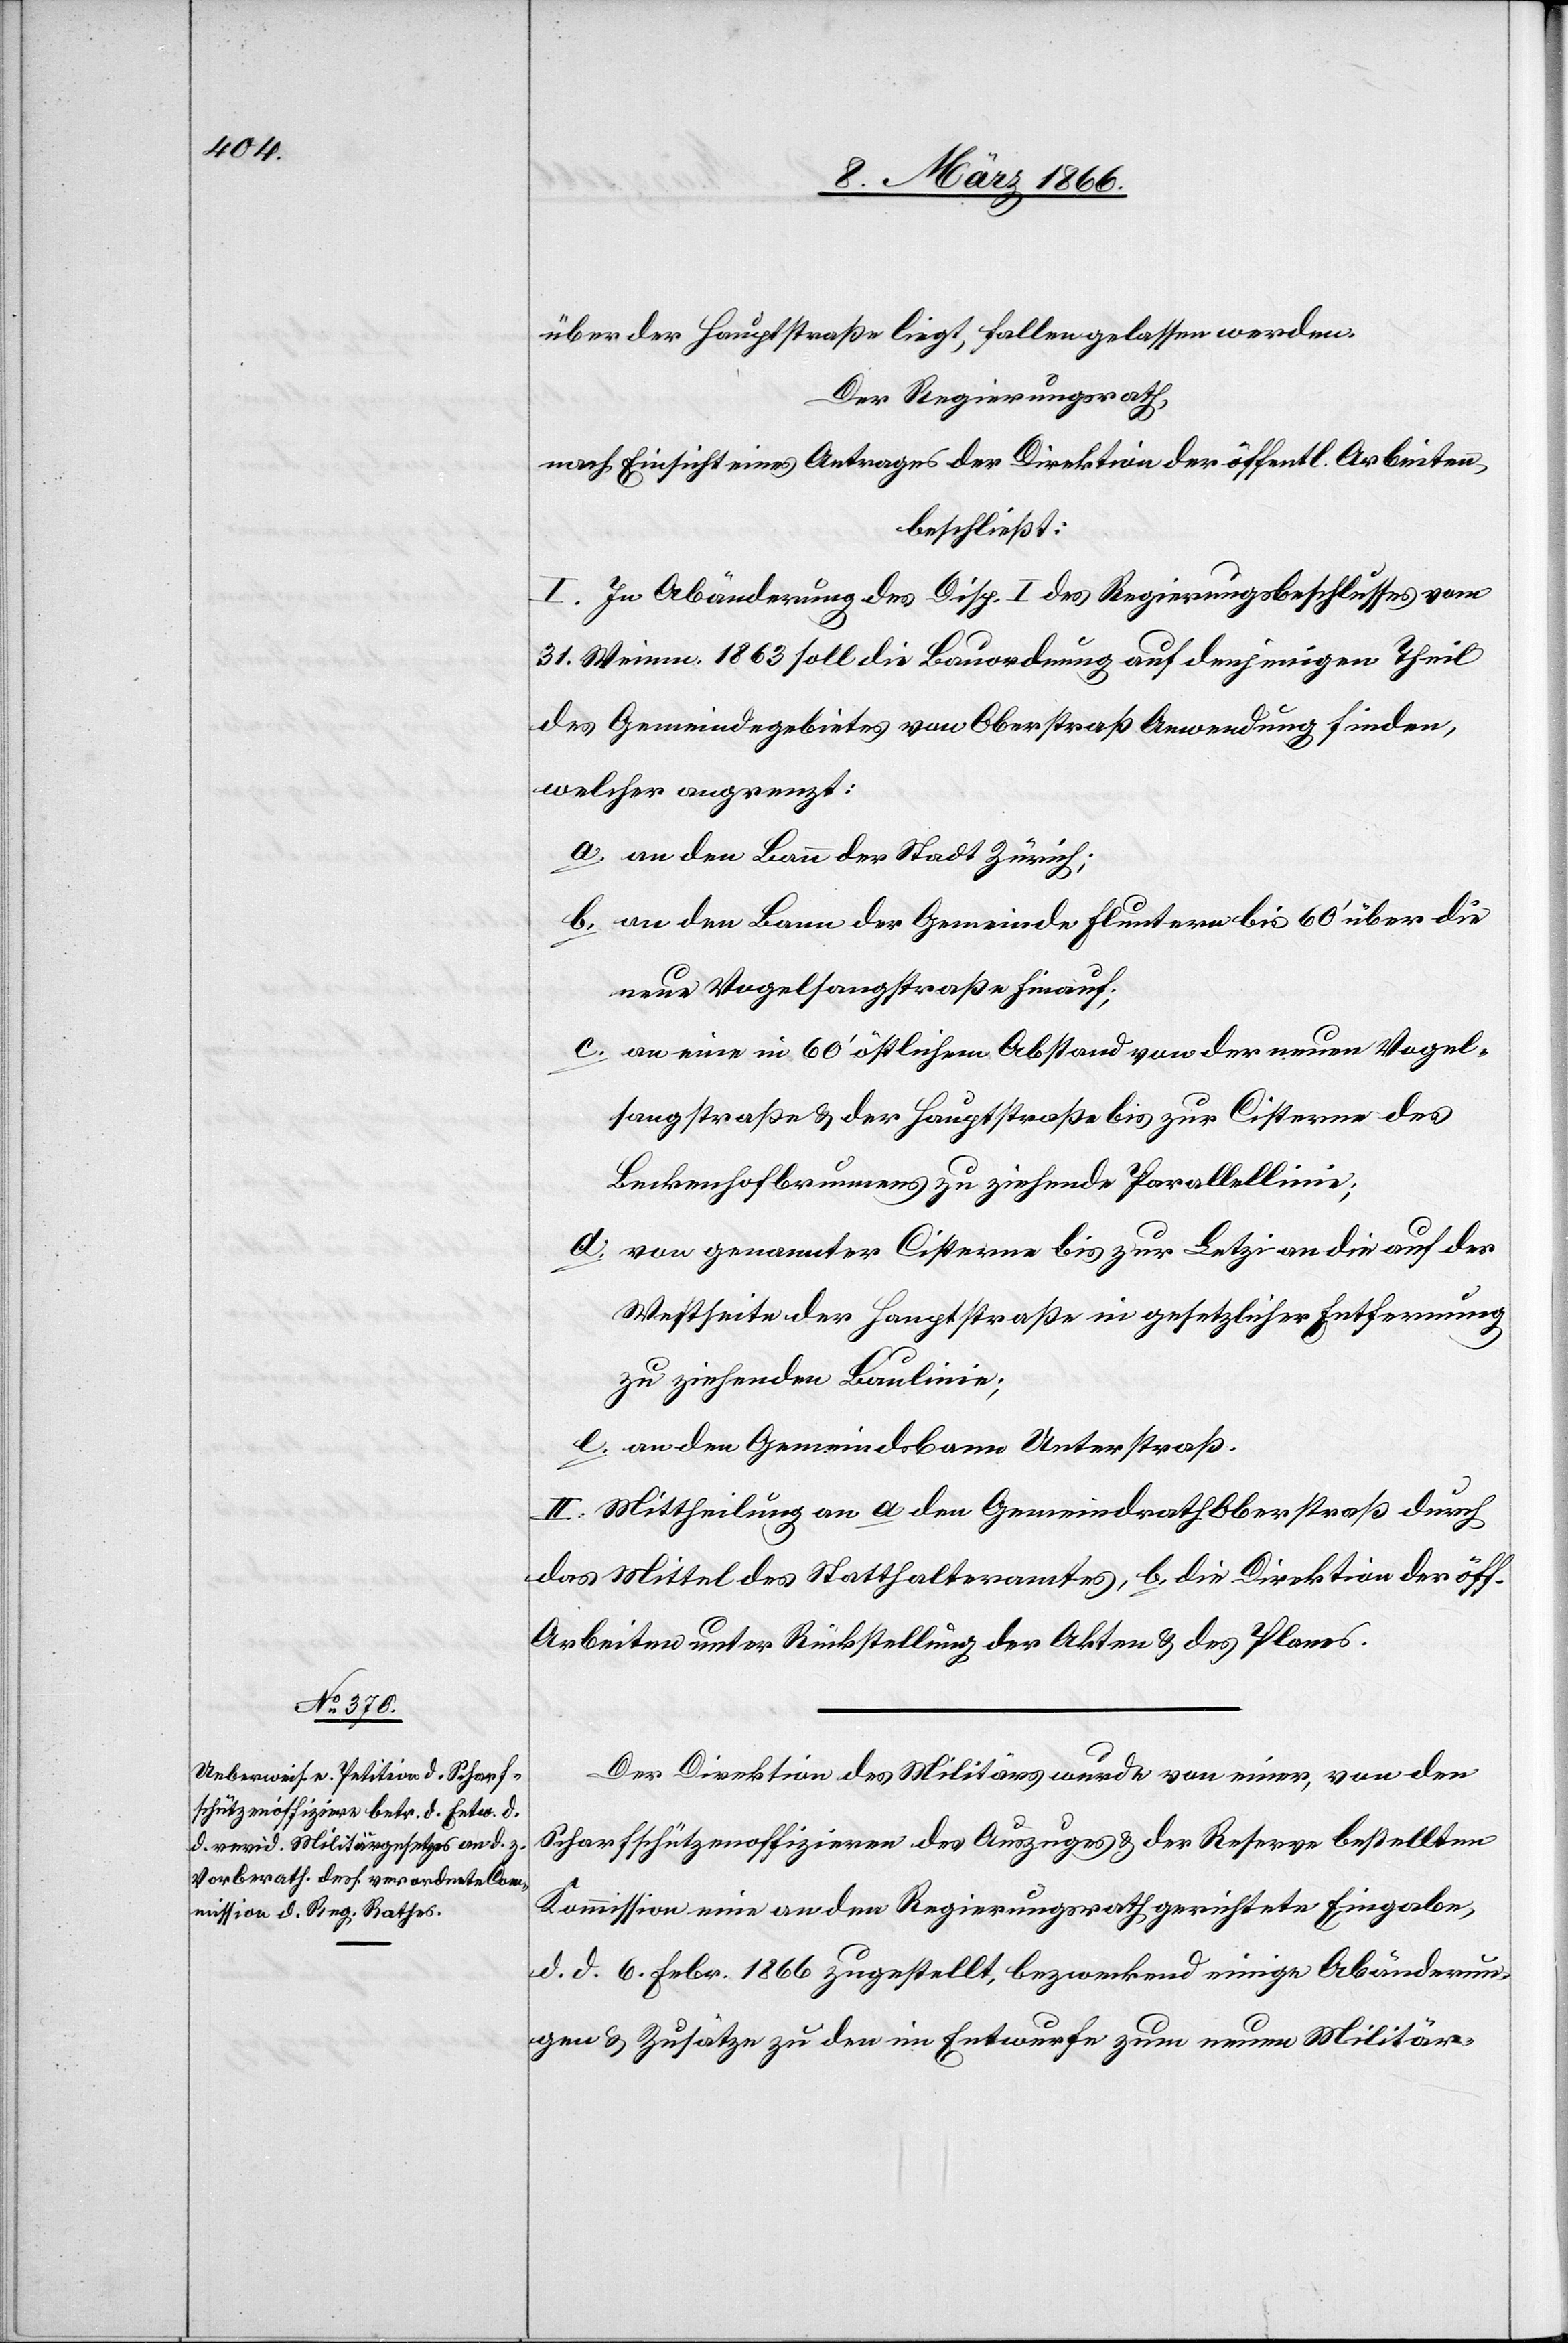
über der Hauptstraße liegt, fallengelassen werden.
Der Regierungsrath,
nach Einsicht eines Antrages der Direktion der öffentl. Arbeiten,
beschließt:
I. In Abänderung des Disp. I des Regierungsbeschlusses vom
31. Weinm. 1863 soll die Bauordnung auf denjenigen Theil
des Gemeindegebietes von Oberstraß Anwendung finden,
welcher angrenzt:
a. an den Bann der Stadt Zürich;
b. an den Bann der Gemeinde Fluntern bis 60‘ über die
neue Vogelsangstraße hinaus;
c. an eine in 60‘ östlichem Abstand von der neuen Vogel¬
sangstraße u. der Hauptstraße bis zur Cisterne des
Beckenhofbrunnens zu ziehende Parallellinie;
d. von genannter Cisterne bis zur Letzi an die auf der
Westseite der Hauptstraße in gesetzlicher Entfernung
zu ziehenden Baulinie.
e. an den Gemeindsbann Unterstraß.
II. Mittheilung an a den Gemeindrath Oberstraß durch
das Mittel des Statthalteramtes, b. die Direktion der öff.
Arbeiten unter Rückstellung der Akten u. des Planes.
Der Direktion des Militärs wurde von einer, von den
Scharfschützenoffizieren des Auszuges u. der Reserve bestellten
Kommission eine an den Regierungsrath gerichtete Eingabe,
d. d. 6. Febr. 1866 zugestellt, bezweckend einige Abänderun¬
gen u. Zusätze zu den im Entwurfe zum neuen Militär-